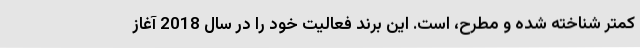
کمتر شناخته شده و مطرح، است. این برند فعالیت خود را در سال 2018 آغاز